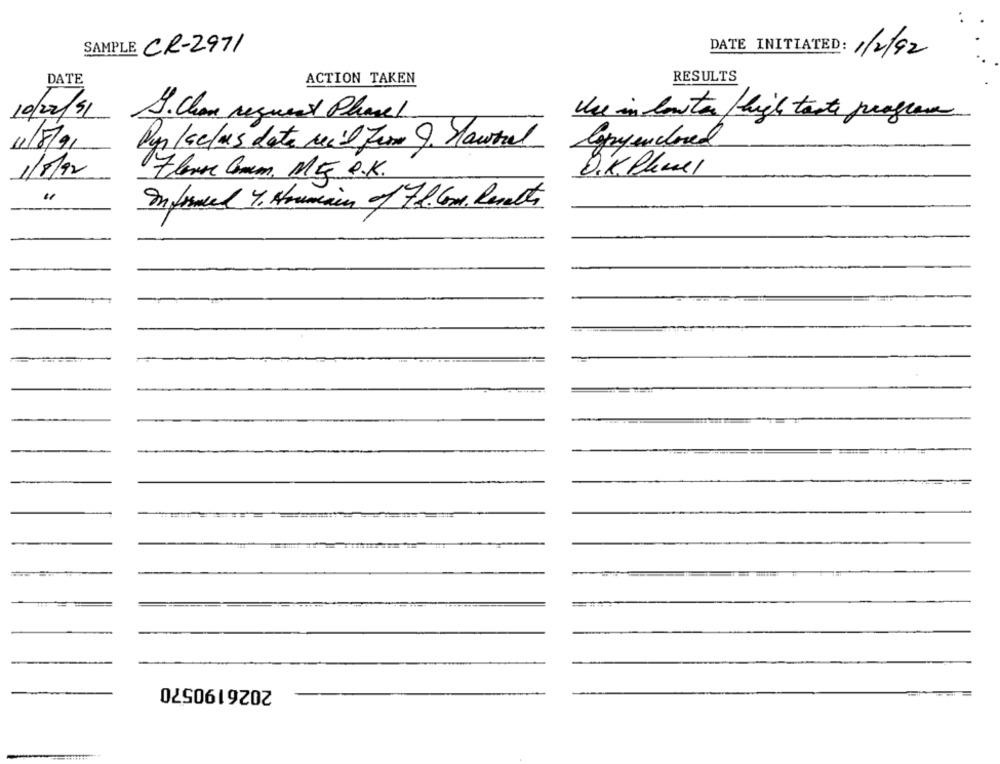
SAMPLE
CR-2971
DATE INITIATED: 1/2/92
RESULTS
DATE
ACTION TAKEN
10/22/91
S. Chan request Phone1
Use in lowtar/high taste progrese
11/8/9
Dyr /selus data Mail Fer 9. Mantal
Copyenclosed
1/8/92
O.K Phuel
Flere Como, MG P.K.
Informed 4. Houmain of 7t. Com. Reverts
2026190570